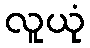
လူယုံ